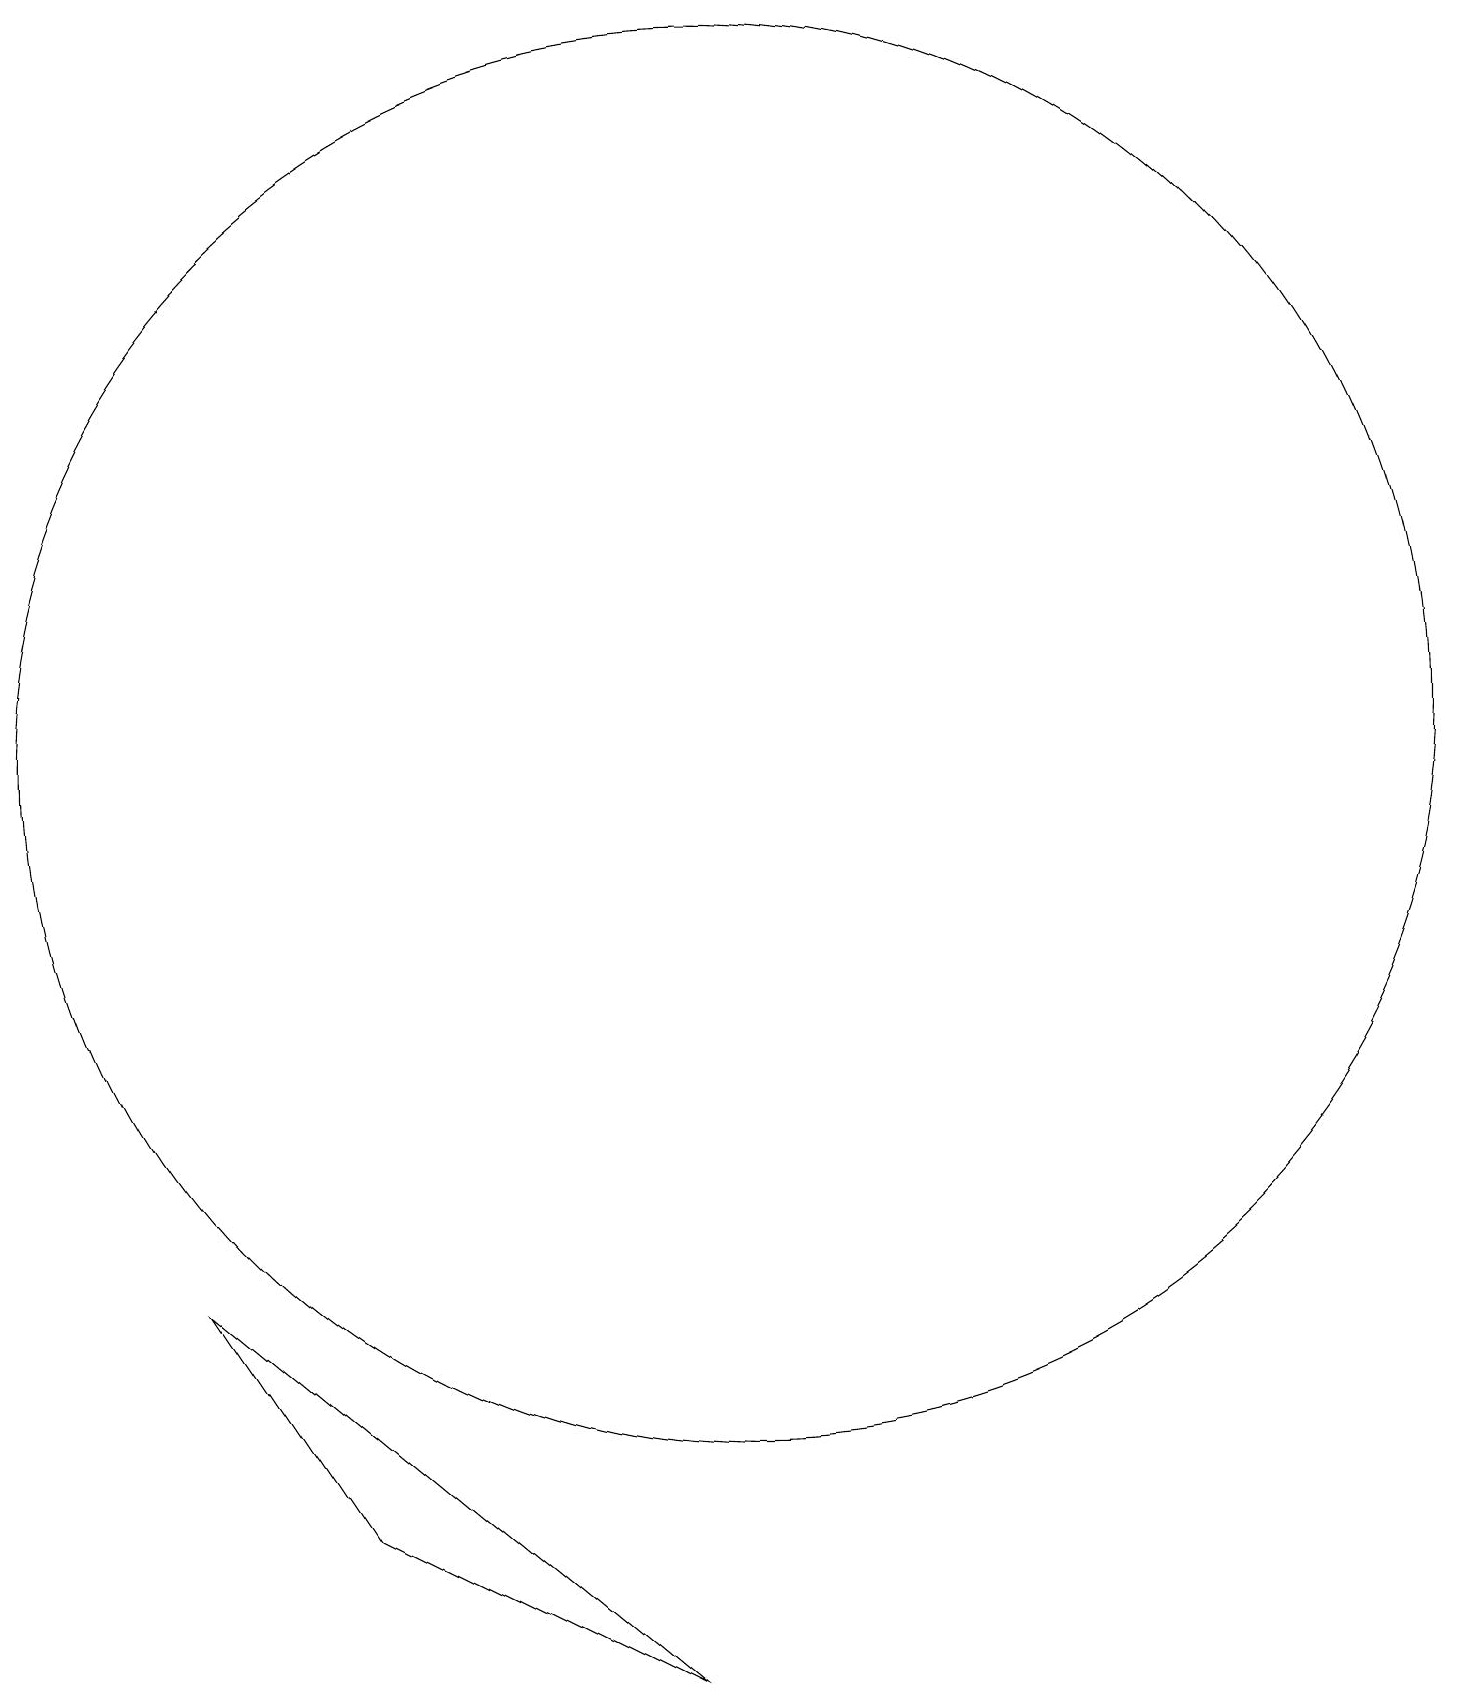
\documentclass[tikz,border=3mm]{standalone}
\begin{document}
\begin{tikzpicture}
\draw (11,10) circle (0);
\draw (10,12) circle (9);
\draw (3,5) -- (9,0) -- (5,2) -- cycle;
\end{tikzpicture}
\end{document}